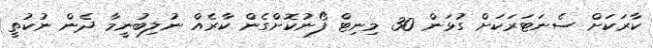
ކާރަކަށް ސެނަޓަރަކަށް ގުޅަން 30 މިނިޓް ފޯނުކޮށްގެން ކާރެއް ނުލިބުނީމާ ދެން ނުކުތީ